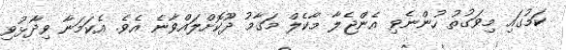
ކަމުގައި މިވަގުތު ހުންނެވި އެންޖެލާ މާކެލް މަގާމު ދޫކޮށްލައްވާނެ އެވެ. އެކަމަނާ ވިދާޅުވި